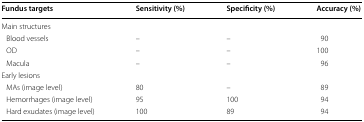
| Fundus targets | Sensitivity (%) | Specificity (%) | Accuracy (%) |
 | --- | --- | --- | --- |
 | <COLSPAN=4> Main structures |
 | Blood vessels | – | – | 90 |
 | OD | – | – | 100 |
 | Macula | – | – | 96 |
 | <COLSPAN=4> Early lesions |
 | MAs (image level) | 80 | – | 89 |
 | Hemorrhages (image level) | 95 | 100 | 94 |
 | Hard exudates (image level) | 100 | 89 | 94 |